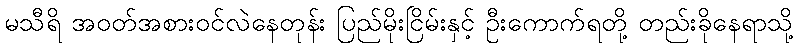
မသီရိ အဝတ်အစားဝင်လဲနေတုန်း ပြည်မိုးငြိမ်းနှင့် ဦးကောက်ရတို့ တည်းခိုနေရာသို့